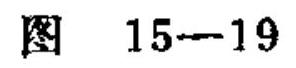
图 15—19